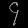
Digit: ၄